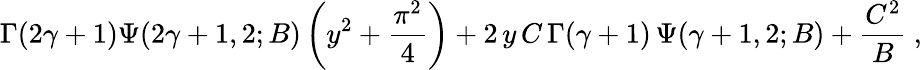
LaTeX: \Gamma(2\gamma+1)\Psi(2\gamma+1,2;B)\left(y^{2}+\frac{\pi^{2}}{4}\right)+2\, y\, C\, \Gamma(\gamma+1)\, \Psi(\gamma+1,2;B)+\frac{C^{2}}{B}~,